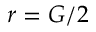
r = G / 2